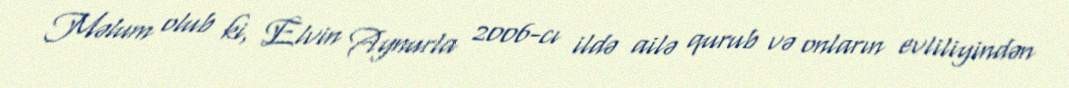
Məlum olub ki, Elvin Aynurla 2006-cı ildə ailə qurub və onların evliliyindən